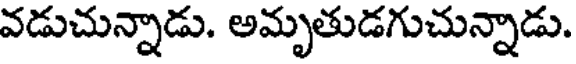
వడుచున్నాడు. అమృతుడగుచున్నాడు.